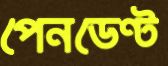
পেনডেণ্ট